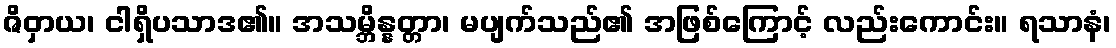
ဇိဝှာယ၊ ငါရှိပသာဒ၏။ အသမ္ဘိန္နတ္တာ၊ မပျက်သည်၏ အဖြစ်ကြောင့် လည်းကောင်း။ ရသာနံ၊